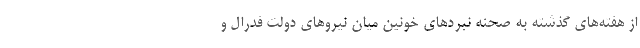
از هفته‌های گذشته به صحنه نبردهای خونین میان نیروهای دولت فدرال و